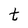
Character: t